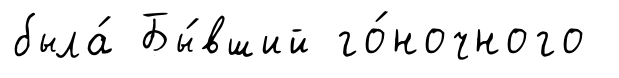
была́ Бы́вший го́ночного